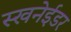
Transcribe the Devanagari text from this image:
स्खनेईडर